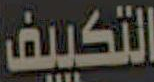
التكييف